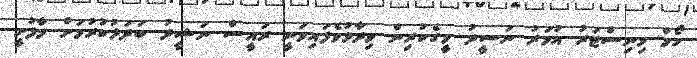
ހޯމް މިނިސްޓަރު އުމަރު ނަސީދު މީގެކުރިން ވިދާޅުވެފައިވަނީ ރައީސް ނަޝީދު ބަދަލުކުރުމަށް މާފުށީ